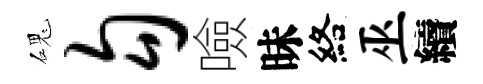
磈勾噞昧絡巫續